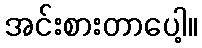
အင်းစားတာပေါ့။